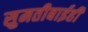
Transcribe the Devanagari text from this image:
सुमतीबाईही